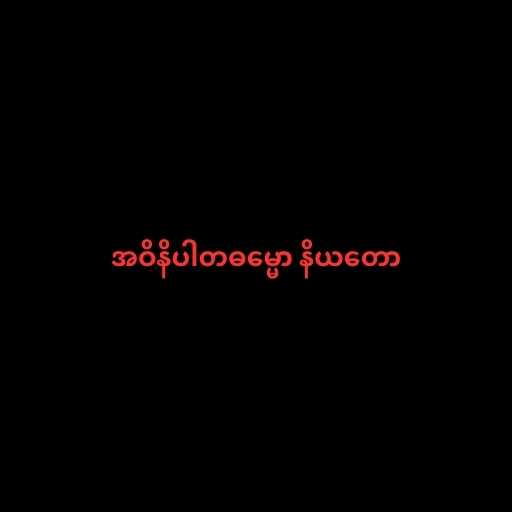
အဝိနိပါတဓမ္မော နိယတော